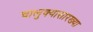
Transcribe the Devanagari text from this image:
चालुक्यासारख्या